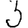
Digit: 3